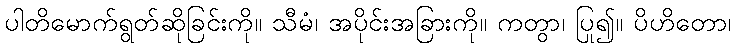
ပါတိမောက်ရွတ်ဆိုခြင်းကို။ သီမံ၊ အပိုင်းအခြားကို။ ကတွာ၊ ပြု၍။ ပိဟိတော၊